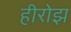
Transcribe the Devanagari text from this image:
हीरोझ